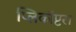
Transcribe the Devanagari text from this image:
प्लिकॉप्टरा